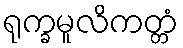
ရုက္ခမူလိကတ္တံ